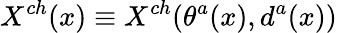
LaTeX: X^{ch}(x)\equiv X^{ch}(\theta^{a}(x),d^{a}(x))